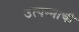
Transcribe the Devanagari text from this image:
उत्पन्‍नाची